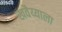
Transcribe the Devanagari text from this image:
खवैय्याला